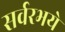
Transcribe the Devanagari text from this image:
सर्वरभये